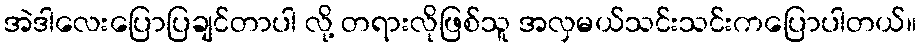
အဲဒါလေးပြောပြချင်တာပါ လို့ တရားလိုဖြစ်သူ အလှမယ်သင်းသင်းကပြောပါတယ်။